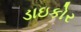
ડાઇકોર